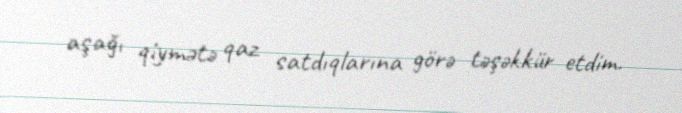
aşağı qiymətə qaz satdıqlarına görə təşəkkür etdim.